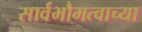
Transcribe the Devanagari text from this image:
सार्वभौमत्वाच्या